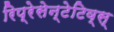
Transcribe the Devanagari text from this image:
रिप्रेसेन्टेटिव्स्